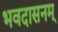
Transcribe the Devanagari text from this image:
भवदासनम्